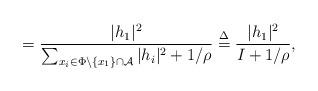
LaTeX: \begin{align*} &=\frac{|h_1|^2}{\sum_{x_i\in \Phi\backslash\{x_1\}\cap \mathcal{A}}|h_i|^2+1/\rho} \overset{\Delta}{=}\frac{|h_1|^2}{I+1/\rho},\end{align*}